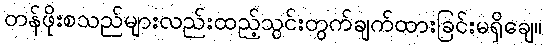
တန်ဖိုးစသည်များလည်းထည့်သွင်းတွက်ချက်ထားခြင်းမရှိချေ။